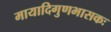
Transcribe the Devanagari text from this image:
मायादिगुणभासकः